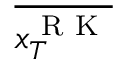
\overline { { x _ { T } ^ { \mathrm { ~ R ~ K ~ } } } }